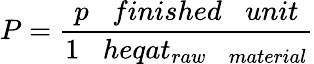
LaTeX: P={\frac{p\; \; \; finished\; \; \; unit}{1\; \; \; heqat_{raw\; \; \; material}}}